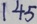
1 4 5